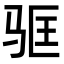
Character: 𬳻